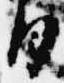
日